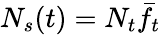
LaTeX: N_{s}(t)=N_{t}\bar{f}_{t}